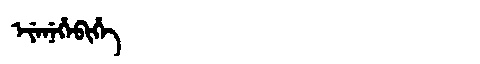
Manchu: ᡝᠶᡝᠨᡝᡥᡝᠪᡳᡥᡝ
Romanization: EYENEHEBIHE